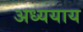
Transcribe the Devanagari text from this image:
अध्ययाय